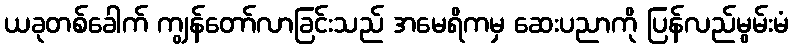
ယခုတစ်ခေါက် ကျွန်တော်လာခြင်းသည် အမေရိကမှ ဆေးပညာကို ပြန်လည်မွမ်းမံ